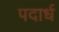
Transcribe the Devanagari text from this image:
पदार्ध